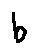
b